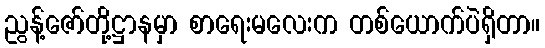
ညွန့်ဇော်တို့ဋ္ဌာနမှာ စာရေးမလေးက တစ်ယောက်ပဲရှိတာ။